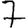
Digit: 7